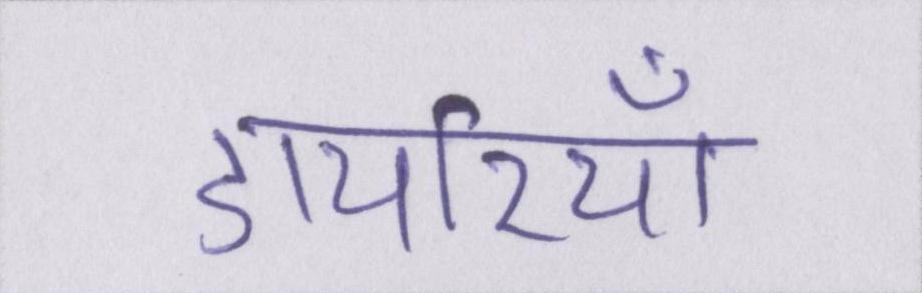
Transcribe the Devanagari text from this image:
डायरियाँ